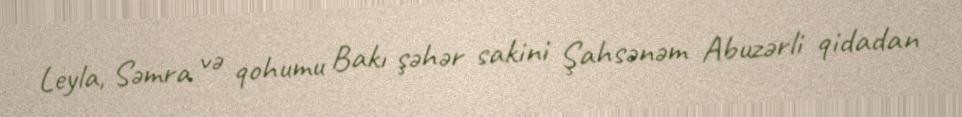
Leyla, Səmra və qohumu Bakı şəhər sakini Şahsənəm Abuzərli qidadan